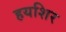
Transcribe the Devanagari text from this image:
हयशिर